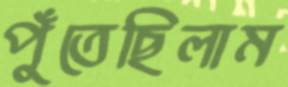
পুঁতেছিলাম